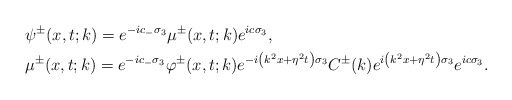
\begin{align*}&\psi^\pm(x,t;k)=e^{-ic_- \sigma_{3}} \mu^\pm(x,t;k) e^{ic\sigma_3},\\&\mu^\pm(x,t;k)=e^{-ic_- \sigma_{3}} \varphi^\pm(x,t;k) e^{-i\left(k^2x+\eta^2 t\right) \sigma_3} C^\pm(k) e^{i\left(k^2 x+\eta^2t\right) \sigma_3} e^{ic\sigma_3}.\end{align*}